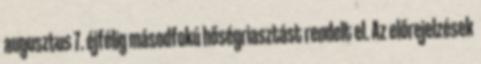
augusztus 7. éjfélig másodfokú hőségriasztást rendelt el. Az előrejelzések